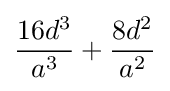
{\frac {16d^{3}}{a^{3}}}+{\frac {8d^{2}}{a^{2}}}